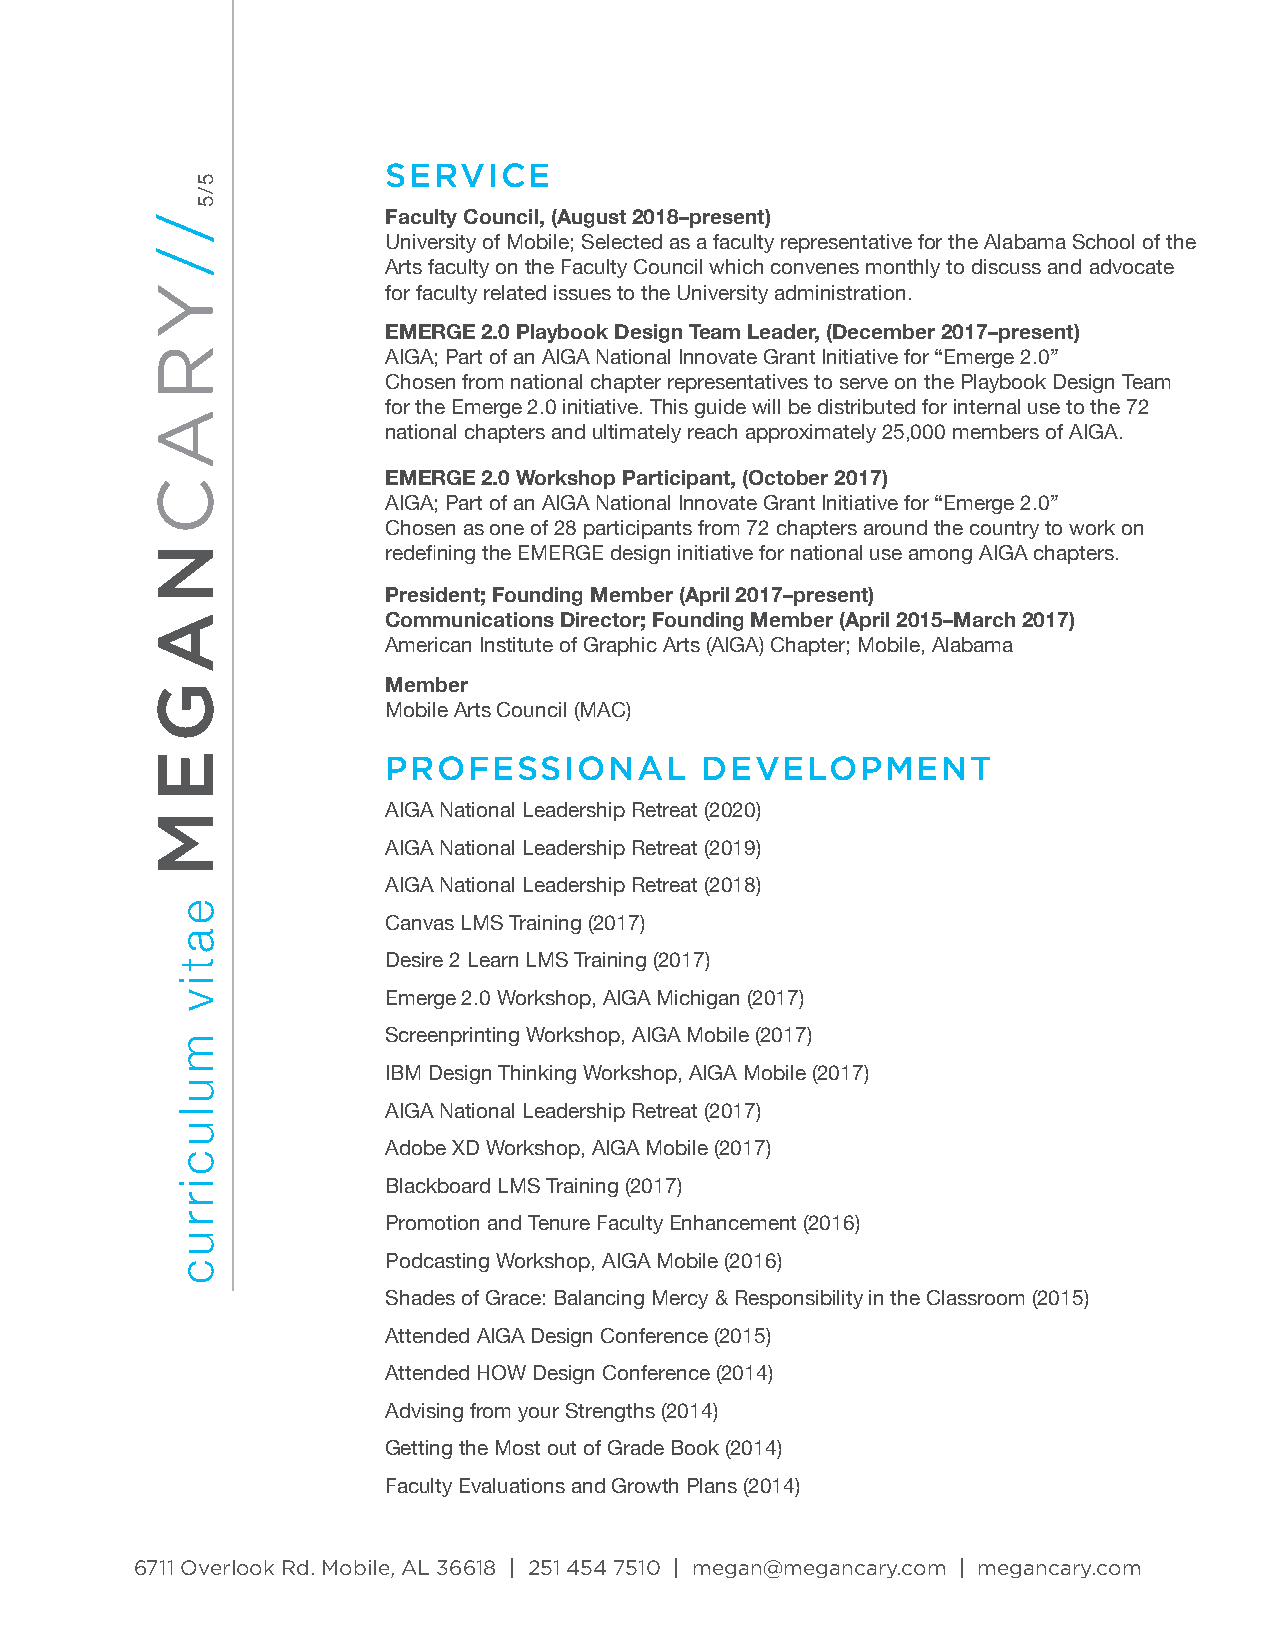
SERVICE
 Faculty Council, (August 2018–present)
 University of Mobile; Selected as a faculty representative for the Alabama School of the
 Arts faculty on the Faculty Council which convenes monthly to discuss and advocate
 for faculty related issues to the University administration.
 EMERGE 2.0 Playbook Design Team Leader, (December 2017–present)
 AIGA; Part of an AIGA National Innovate Grant Initiative for “Emerge 2.0”
 Chosen from national chapter representatives to serve on the Playbook Design Team
 for the Emerge 2.0 initiative. This guide will be distributed for internal use to the 72
 national chapters and ultimately reach approximately 25,000 members of AIGA.
 EMERGE 2.0 Workshop Participant, (October 2017)
 AIGA; Part of an AIGA National Innovate Grant Initiative for “Emerge 2.0”
 Chosen as one of 28 participants from 72 chapters around the country to work on
 redefining the EMERGE design initiative for national use among AIGA chapters.
 President; Founding Member (April 2017–present)
 Communications Director; Founding Member (April 2015–March 2017)
 American Institute of Graphic Arts (AIGA) Chapter; Mobile, Alabama
 Member
 Mobile Arts Council (MAC)
 PROFESSIONAL        DEVELOPMENT
 AIGA National Leadership Retreat (2020)
 AIGA National Leadership Retreat (2019)
 AIGA National Leadership Retreat (2018)
 Canvas LMS Training (2017)
 Desire 2 Learn LMS Training (2017)
 Emerge 2.0 Workshop, AIGA Michigan (2017)
 Screenprinting Workshop, AIGA Mobile (2017)
 IBM Design Thinking Workshop, AIGA Mobile (2017)
 AIGA National Leadership Retreat (2017)
 Adobe XD Workshop, AIGA Mobile (2017)
 Blackboard LMS Training (2017)
 Promotion and Tenure Faculty Enhancement (2016)
 Podcasting Workshop, AIGA Mobile (2016)
 Shades of Grace: Balancing Mercy & Responsibility in the Classroom (2015)
 Attended AIGA Design Conference (2015)
 Attended HOW Design Conference (2014)
 Advising from your Strengths (2014)
 Getting the Most out of Grade Book (2014)
 Faculty Evaluations and Growth Plans (2014)
 6711 Overlook Rd. Mobile, AL 36618 | 251 454 7510 | megan@megancary.com | megancary.com
 YR
 A
 C
 N
 A
 G
 E
 M
 /
 /
 eativ
 mulucirruc
 5/5